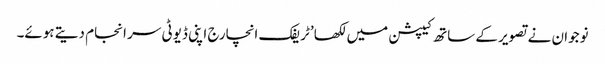
نوجوان نے تصویر کے ساتھ کیپشن میں لکھا ’ٹریفک انچارج اپنی ڈیوٹی سر انجام دیتے ہوئے۔